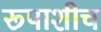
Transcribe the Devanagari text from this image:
रूपाशीच